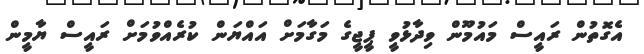
އެގޮތުން ރައީސް މައުމޫން ވިދާޅުވީ ޕީޖީގެ މަގާމަށް އައްޔަން ކުރެއްވުމަށް ރައީސް ޔާމީން